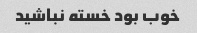
خوب بود خسته نباشید